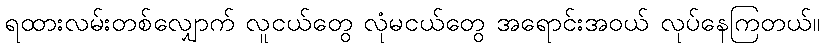
ရထားလမ်းတစ်လျှောက် လူငယ်တွေ လုံမငယ်တွေ အရောင်းအဝယ် လုပ်နေကြတယ်။